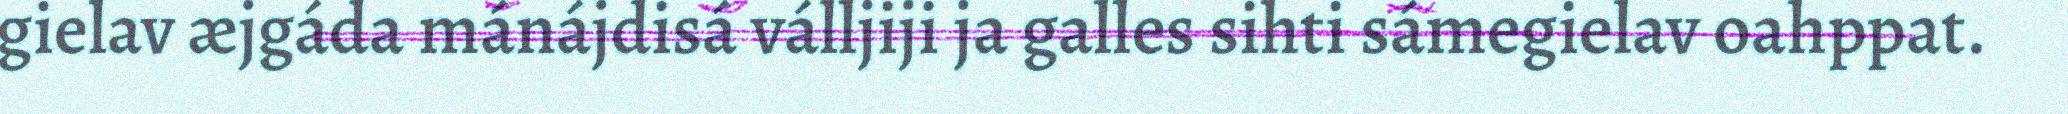
gielav æjgáda mánájdisá válljiji ja galles sihti sámegielav oahppat.